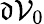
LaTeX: \mathfrak{d}\mathcal{V}_{0}